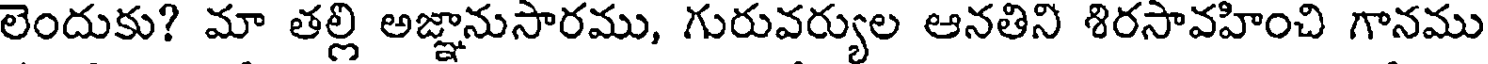
లెందుకు? మా తల్లి అజ్ఞానుసారము, గురువర్యుల ఆనతిని శిరసావహించి గానము